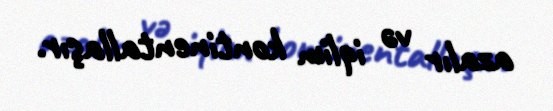
azalır və iqlim kontinentallaşır.